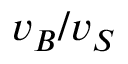
v _ { B } / v _ { S }